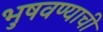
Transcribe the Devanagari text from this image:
भुषवण्याची